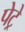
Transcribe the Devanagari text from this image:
पेट्रे